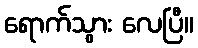
ရောက်သွား လေပြီ။